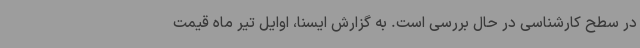
در سطح کارشناسی در حال بررسی است. به گزارش ایسنا، اوایل تیر ماه قیمت